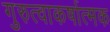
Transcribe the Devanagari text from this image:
गुरुत्वाकर्षात्मक